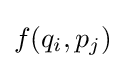
f(q_{i},p_{j})